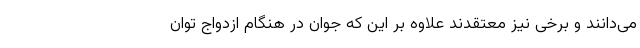
می‌دانند و برخی نیز معتقدند علاوه بر این که جوان در هنگام ازدواج توان